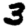
Digit: 3